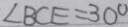
\angle B C E = 3 0 ^ { \circ }